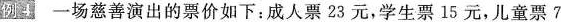
例4 一场慈善演出的票价如下：成人票23元，学生票15元，儿童票7